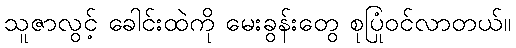
သူဇာလွင့် ခေါင်းထဲကို မေးခွန်းတွေ စုပြုံဝင်လာတယ်။